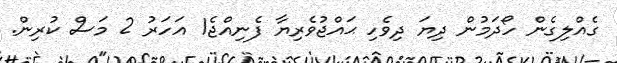
ގެއްލިގެން ހޯދަމުން ދިޔަ ދިވެހި ޙައްޖުވެރިޔާ ފެނިއްޖެ1 އަހަރު 2 މަސް ކުރިން.